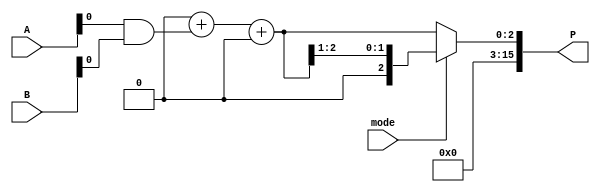
module DualModeWallaceTreeMultiplier #(
    parameter N = 8 // Bit width of the operands
) (
    input [N-1:0] A,
    input [N-1:0] B,
    input mode, // Mode select: 0 = standard mode, 1 = fast mode
    output reg [2*N-1:0] P // Product output
);

    // Partial products
    reg [N-1:0] pp [0:N-1]; // Partial products array

    // Internal wires for reduction
    wire [N-1:0] sum [0:N-1]; // Sums from carry-save adders
    wire [N-1:0] carry [0:N-1]; // Carries from carry-save adders

    // Generate partial products
    integer i, j;
    always @(*) begin
        for (i = 0; i < N; i = i + 1) begin
            pp[i] = A & {N{B[i]}};
        end
    end

    // Wallace Tree Reduction
    // The following loop is a simplified version and may need adjustments based on actual CSA structure
    always @(*) begin
        // Initialize sums and carries
        for (i = 0; i < N; i = i + 1) begin
            sum[i] = 0;
            carry[i] = 0;
        end

        // Wallace tree reduction process
        for (i = 0; i < N; i = i + 1) begin
            for (j = 0; j < N; j = j + 1) begin
                if (i + j < 2 * N) begin
                    // Sum bits in a carry-save manner
                    {carry[i+j], sum[i+j]} = sum[i+j] + pp[j][i];
                end
            end
        end
    end

    // Final addition based on mode
    always @(*) begin
        if (mode == 0) begin
            // Standard mode final addition
            P = sum[0] + carry[0]; // Example of a final adder
        end else begin
            // Fast mode optimizations (simplified)
            // In practice, you could implement fewer CSAs or different reduction strategy
            P = (sum[0] + carry[0]) >> 1; // Example of fast mode
        end
    end

endmodule